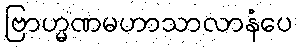
ဗြာဟ္မဏမဟာသာလာနံပေ